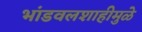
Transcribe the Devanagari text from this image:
भांडवलशाहीमुळे